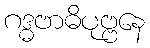
ဂဒ္ဓဗာဓိပုဗ္ဗနေ